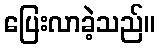
ပြေးလာခဲ့သည်။